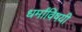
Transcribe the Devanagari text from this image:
धर्मांविषयी